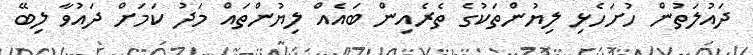
ދައުލަތުން ހުށަހެޅި ލިޔުންތަކުގެ ތެރެއިން ބައެއް ލިޔުންތައް މަދު ކަމަށް ދައުވާ ލިބޭ